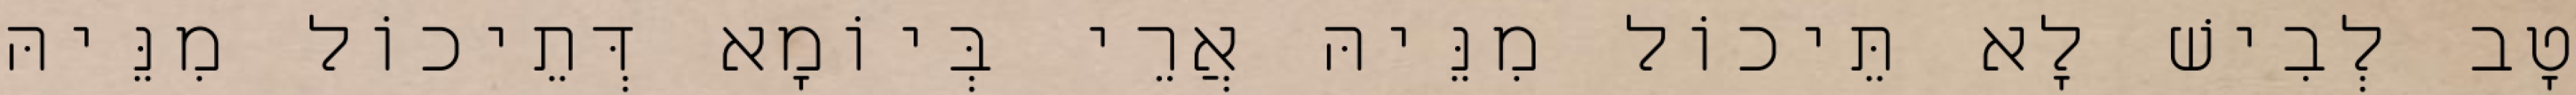
טָב לְבִישׁ לָא תֵּיכוֹל מִנֵּיהּ אֲרֵי בְּיוֹמָא דְּתֵיכוֹל מִנֵּיהּ